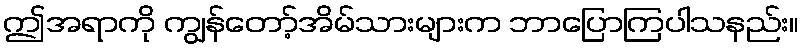
ဤအရာကို ကျွန်တော့်အိမ်သားများက ဘာပြောကြပါသနည်း။